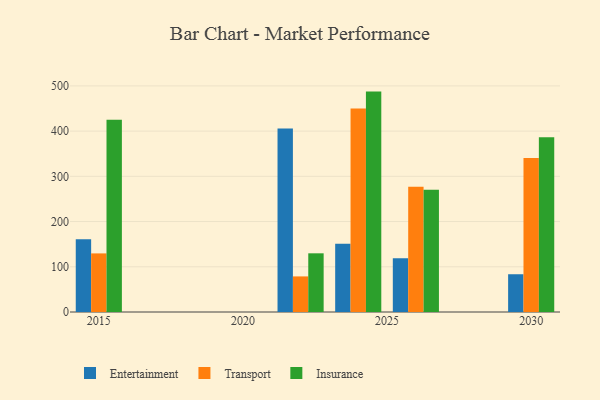
{"axis": {"x": "Year", "y": "Market Share (%)"}, "legend": ["Entertainment", "Insurance", "Transport"], "data": [{"x": "2022", "y": 405.7, "type": "Entertainment"}, {"x": "2022", "y": 78.7, "type": "Transport"}, {"x": "2022", "y": 129.8, "type": "Insurance"}, {"x": "2030", "y": 83.5, "type": "Entertainment"}, {"x": "2030", "y": 340.6, "type": "Transport"}, {"x": "2030", "y": 386.7, "type": "Insurance"}, {"x": "2015", "y": 160.7, "type": "Entertainment"}, {"x": "2015", "y": 129.6, "type": "Transport"}, {"x": "2015", "y": 425.1, "type": "Insurance"}, {"x": "2026", "y": 118.9, "type": "Entertainment"}, {"x": "2026", "y": 276.8, "type": "Transport"}, {"x": "2026", "y": 270.1, "type": "Insurance"}, {"x": "2024", "y": 150.8, "type": "Entertainment"}, {"x": "2024", "y": 449.8, "type": "Transport"}, {"x": "2024", "y": 487.4, "type": "Insurance"}]}